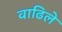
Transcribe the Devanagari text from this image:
वाढिले